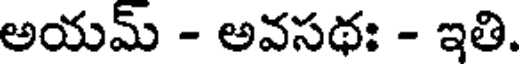
అయమ్ - అవసథః - ఇతి.